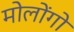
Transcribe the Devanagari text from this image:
मोलोंगो